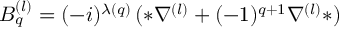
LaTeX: B _ { q } ^ { ( l ) } = ( - i ) ^ { \lambda ( q ) } \, ( * \nabla ^ { ( l ) } + ( - 1 ) ^ { q + 1 } \nabla ^ { ( l ) } * )